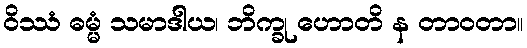
ဝိဿံ ဓမ္မံ သမာဒါယ၊ ဘိက္ခု ဟောတိ န တာဝတာ။